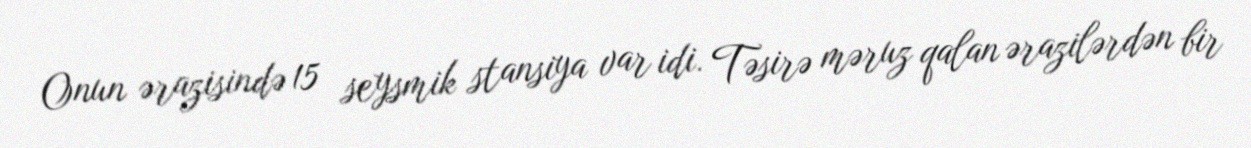
Onun ərazisində 15 seysmik stansiya var idi. Təsirə məruz qalan ərazilərdən bir